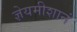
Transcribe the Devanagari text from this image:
ज्ञेयमीशानं